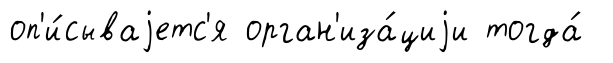
оп'и́сываjетс'я орган'иза́циjи тогда́